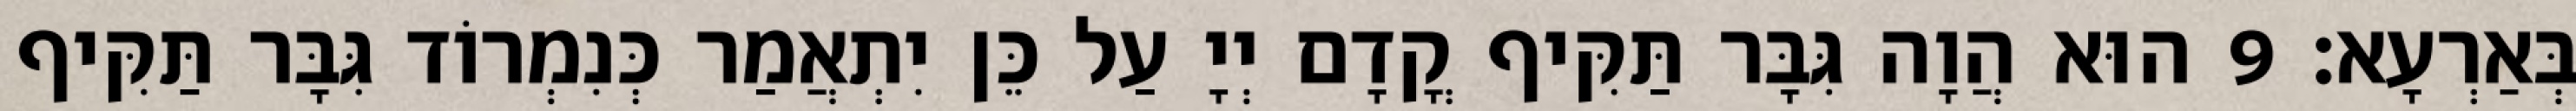
בְּאַרְעָא׃ 9 הוּא הֲוָה גִּבָּר תַּקִּיף קֳדָם יְיָ עַל כֵּן יִתְאֲמַר כְּנִמְרוֹד גִּבָּר תַּקִּיף